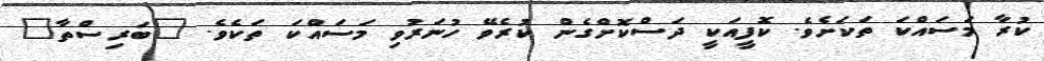
ކުރާ މަސައްކަ ތަކަށެވެ. ކޮފީއަކީ ދަސްކޮށްގެން ކުރެވޭ ހުނަރުވި މަސައްކަ ތަކެވެ. "ބަރިސްތާ"